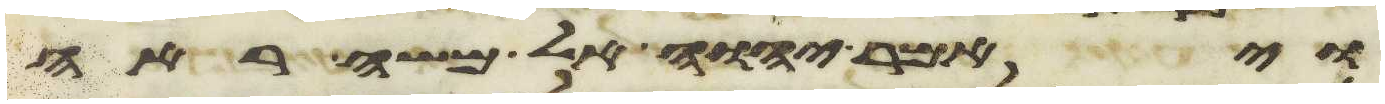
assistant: ויאמר יהוה אל משה ראה